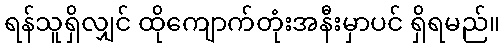
ရန်သူရှိလျှင် ထိုကျောက်တုံးအနီးမှာပင် ရှိရမည်။